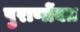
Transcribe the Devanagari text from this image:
पुराणोंक्त